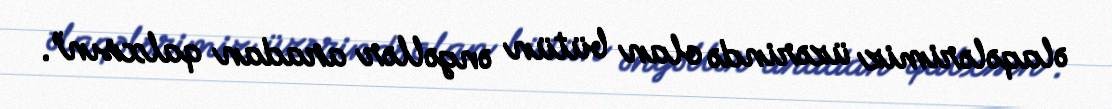
əlaqələrimiz üzərində olan bütün əngəllər aradan qalxsın”.